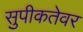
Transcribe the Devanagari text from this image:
सुपीकतेवर